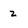
Character: 2